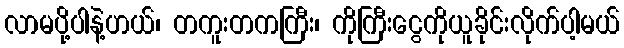
လာမပို့ပါနဲ့ဟယ်၊ တကူးတကကြီး၊ ကိုကြီးငွေကိုယူခိုင်းလိုက်ပါ့မယ်